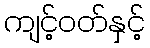
ကျင့်ဝတ်နှင့်